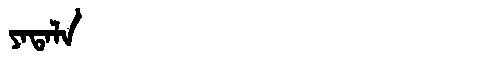
Manchu: ᠶᠠᡨᠠᠯᠠ
Romanization: YATALA